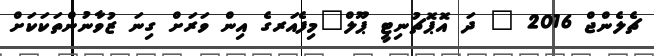
ޗެލެންޖް 2016 " ދަ އޮޕޮޗުނިޓީ ޕޫލް"މިފެއަރގެ އިން ވަރަށް ގިނަ ޒުވާނުންތަކަކަށް